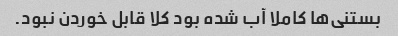
بستنی‌ها کاملا آب شده بود کلا قابل خوردن نبود.